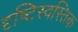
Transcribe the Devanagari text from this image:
दृष्टिस्वस्तिक